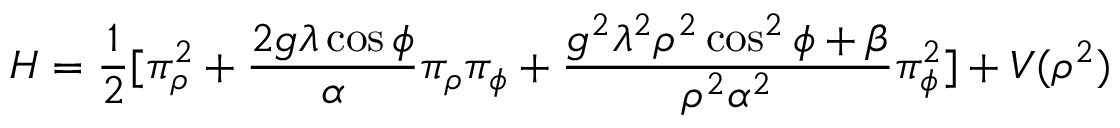
H = \frac { 1 } { 2 } [ \pi _ { \rho } ^ { 2 } + \frac { 2 g \lambda \cos \phi } { \alpha } \pi _ { \rho } \pi _ { \phi } + \frac { g ^ { 2 } \lambda ^ { 2 } \rho ^ { 2 } \cos ^ { 2 } \phi + \beta } { \rho ^ { 2 } \alpha ^ { 2 } } \pi _ { \phi } ^ { 2 } ] + V ( \rho ^ { 2 } )